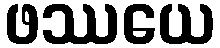
ဖဿယေ